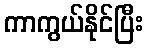
ကာကွယ်နိုင်ပြီး